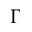
\Gamma